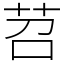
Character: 苕